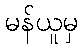
မန်ယူမှ